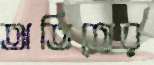
অতিতের